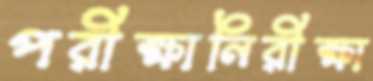
পরীক্ষানিরীক্ষা